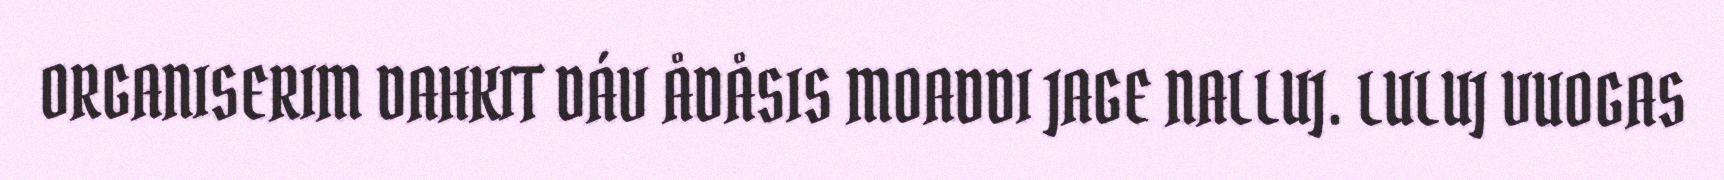
ORGANISERIM DAHKIT DÁV ÅDÅSIS MOADDI JAGE NALLUJ. LULUJ VUOGAS